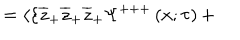
= \langle \{ \overline { { { z } } } _ { + } \overline { { { z } } } _ { + } \overline { { { z } } } _ { + } \Psi ^ { + + + } \left( x ; \tau \right) +